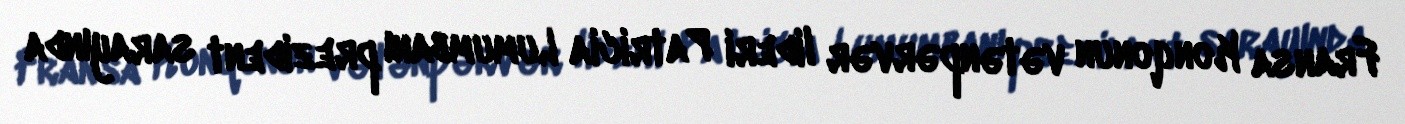
Fransa Konqonun vətənpərvər lideri Patricia Lumumbanı prezident sarayında